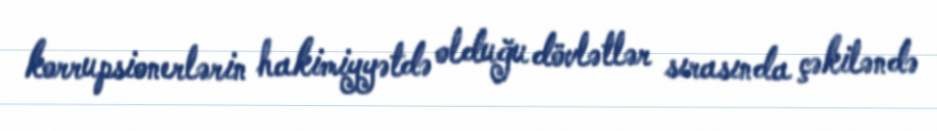
korrupsionerlərin hakimiyyətdə olduğu dövlətlər sırasında çəkiləndə